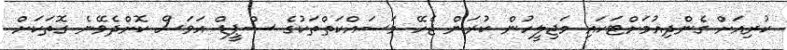
ކުރިއަށް ގެންދިއުމަށްޓަކައި މަޖިލީހުން ކުރަން ޖެހޭ މަސައްކަތްތަކުގެ ސްޕީޑް އަވަސް ކޮށްދެވޭނެ ގޮތަކަށް